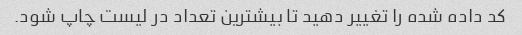
کد داده شده را تغییر دهید تا بیشترین تعداد در لیست چاپ شود.